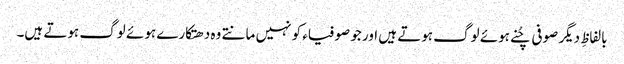
بالفاظِ دیگر صوفی چُنے ہوئے لوگ ہوتے ہیں اور جو صوفیاء کو نہیں مانتے وہ دھتکارے ہوئے لوگ ہوتے ہیں۔